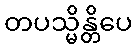
တပသ္မိန္တိပေ